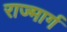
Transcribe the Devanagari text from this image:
राज्मार्ग